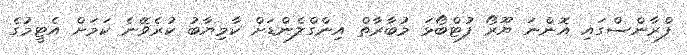
ފްރާންސްގައި އޮންނަ ޔޫރޯ ފުޓްބޯޅަ މުބާރާތް އިންގްލެންޑަށް ކާމިޔާބު ކުރެވޭނެ ކަމަށް އެޓީމުގެ